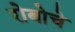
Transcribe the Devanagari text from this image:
रोबोचे